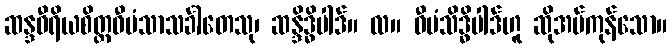
ဆန္ဒဝီရိယစိတ္တဝီမံသာသင်္ခါတေသု၊ ဆန္ဒိဒ္ဓိပါဒ်။ လ။ ဝီမံသိဒ္ဓိပါဒ်ဟူ ဆိုအပ်ကုန်သော။